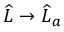
\widehat { L } \to \widehat { L } _ { a }